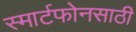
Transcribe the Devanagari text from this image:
स्मार्टफोनसाठी